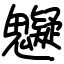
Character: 䰯